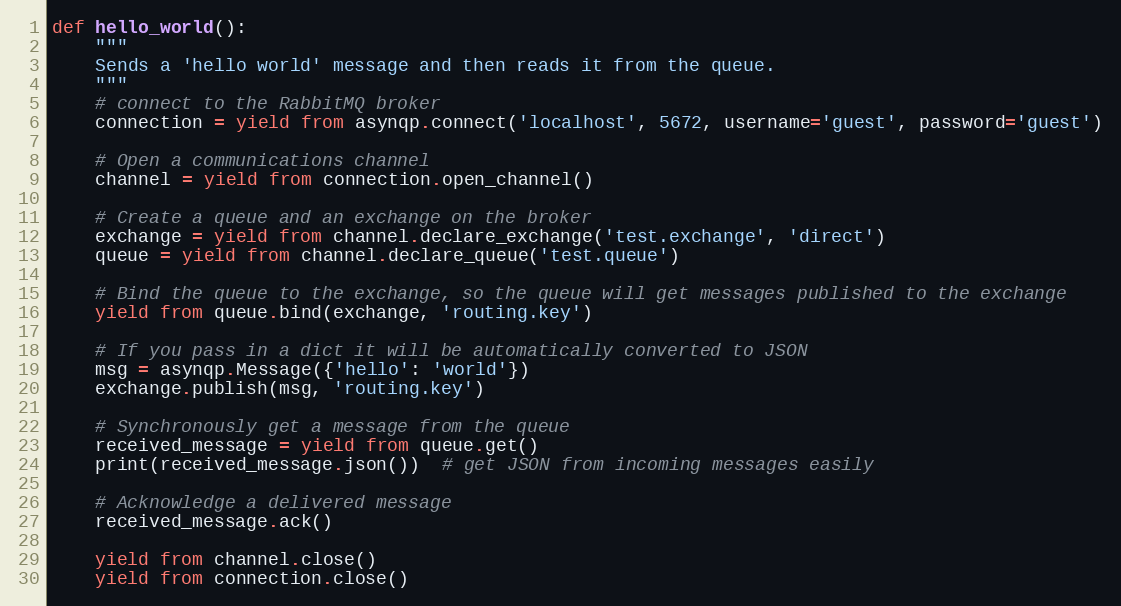
Language: Python
def hello_world():
    """
    Sends a 'hello world' message and then reads it from the queue.
    """
    # connect to the RabbitMQ broker
    connection = yield from asynqp.connect('localhost', 5672, username='guest', password='guest')

    # Open a communications channel
    channel = yield from connection.open_channel()

    # Create a queue and an exchange on the broker
    exchange = yield from channel.declare_exchange('test.exchange', 'direct')
    queue = yield from channel.declare_queue('test.queue')

    # Bind the queue to the exchange, so the queue will get messages published to the exchange
    yield from queue.bind(exchange, 'routing.key')

    # If you pass in a dict it will be automatically converted to JSON
    msg = asynqp.Message({'hello': 'world'})
    exchange.publish(msg, 'routing.key')

    # Synchronously get a message from the queue
    received_message = yield from queue.get()
    print(received_message.json())  # get JSON from incoming messages easily

    # Acknowledge a delivered message
    received_message.ack()

    yield from channel.close()
    yield from connection.close()